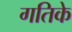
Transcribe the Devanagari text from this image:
गतिके